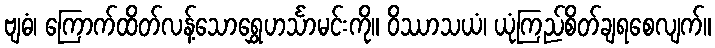
ဗျဓံ၊ ကြောက်ထိတ်လန့်သောရွှေဟင်္သာမင်းကို။ ဝိဿာသယံ၊ ယုံကြည်စိတ်ချရစေလျက်။